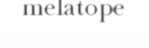
melatope